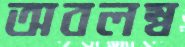
অবলম্ব